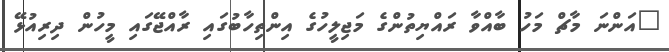
"އަންނަ މާޗް މަހު ބާއްވާ ރައްޔިތުންގެ މަޖިލީހުގެ އިންތިހާބުގައި ރާއްޖޭގައި މީހުން ދިރިއުޅޭ